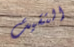
التقيت